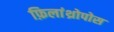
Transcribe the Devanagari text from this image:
फ़िलांथ्रोपोस